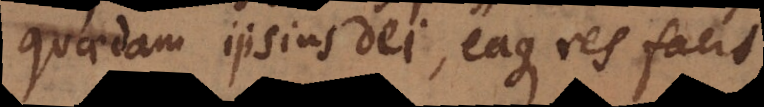
quaedam ipsius Dei, eaque res facit,